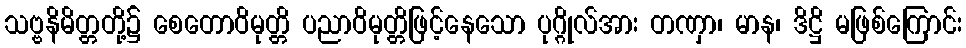
သဗ္ဗနိမိတ္တတို့၌ စေတောဝိမုတ္တိ ပညာဝိမုတ္တိဖြင့်နေသော ပုဂ္ဂိုလ်အား တဏှာ၊ မာန၊ ဒိဋ္ဌိ မဖြစ်ကြောင်း